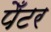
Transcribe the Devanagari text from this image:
पेँटर